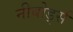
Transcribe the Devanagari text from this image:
नीबोर्ड्स